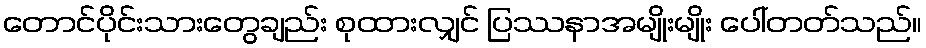
တောင်ပိုင်းသားတွေချည်း စုထားလျှင် ပြဿနာအမျိုးမျိုး ပေါ်တတ်သည်။